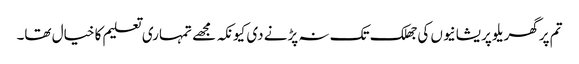
تم پر گھریلو پریشانیوں کی جھلک تک نہ پڑنے دی کیونکہ مجھے تمہاری تعلیم کا خیال تھا۔